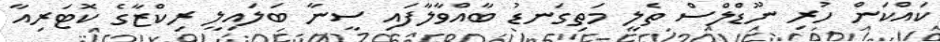
ކައްކަން ހުރި ނޫޑްލްސް ތެލީ މަތިގަނޑު ބާއްވާލާފައި ސީނާ ބަލައިލީ ރިކްޒާގެ ކޮޓަރިއާ